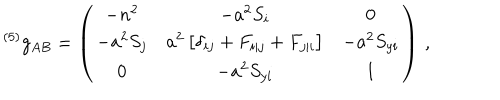
{ } ^ { ( 5 ) } g _ { A B } = \left( \begin{array} { c c c } { { - n ^ { 2 } } } & { { - a ^ { 2 } S _ { i } } } & { { 0 \nonumber } } \\ { { - a ^ { 2 } S _ { j } } } & { { a ^ { 2 } \left[ \delta _ { i j } + F _ { i | j } + F _ { j | i } \right] } } & { { - a ^ { 2 } S _ { y i } \nonumber } } \\ { { 0 } } & { { - a ^ { 2 } S _ { y i } } } & { { 1 \nonumber } } \\ \end{array} \right) \, ,